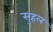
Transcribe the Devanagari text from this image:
सुहल